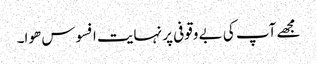
مجھے آپ کی بے وقوفی پر نہایت افسوس ھوا۔